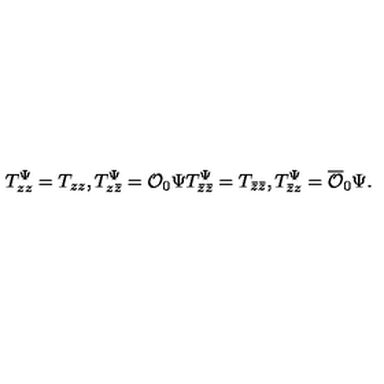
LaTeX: T _ { z z } ^ { \Psi } = T _ { z z } , T _ { z \bar { z } } ^ { \Psi } = { \cal O } _ { 0 } \Psi T _ { \bar { z } \bar { z } } ^ { \Psi } = T _ { \bar { z } \bar { z } } , T _ { \bar { z } z } ^ { \Psi } = \overline { { \cal O } } _ { 0 } \Psi .